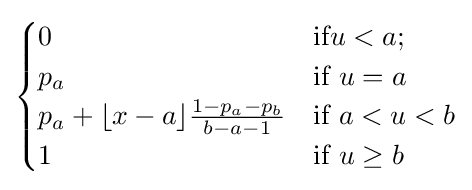
{\begin{cases}0&{\textrm {if}}u<a;\\p_{a}&{\text{if }}u=a\\p_{a}+\lfloor x-a\rfloor {\frac {1-p_{a}-p_{b}}{b-a-1}}&{\text{if }}a<u<b\\1&{\text{if }}u\geq b\end{cases}}